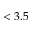
< 3 . 5